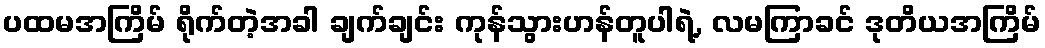
ပထမအကြိမ် ရိုက်တဲ့အခါ ချက်ချင်း ကုန်သွားဟန်တူပါရဲ့, လမကြာခင် ဒုတိယအကြိမ်